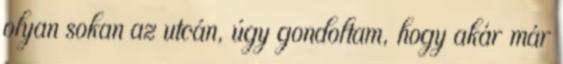
olyan sokan az utcán, úgy gondoltam, hogy akár már